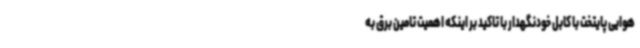
هوایی پایتخت با کابل خودنگهدار با تاکید بر اینکه اهمیت تامین برق به